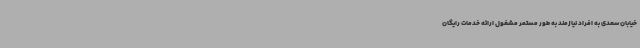
خیابان سعدی به افراد نیازمند به طور مستمر مشغول ارائه خدمات رایگان